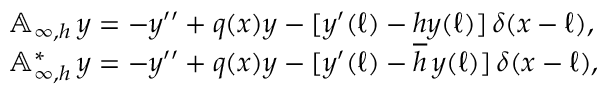
\begin{array} { r l } & { { \mathbb A } _ { \infty , h } \, y = - y ^ { \prime \prime } + q ( x ) y - [ y ^ { \prime } ( \ell ) - h y ( \ell ) ] \, \delta ( x - \ell ) , } \\ & { { \mathbb A } _ { \infty , h } ^ { * } \, y = - y ^ { \prime \prime } + q ( x ) y - [ y ^ { \prime } ( \ell ) - \overline { { h } } \, y ( \ell ) ] \, \delta ( x - \ell ) , } \end{array}